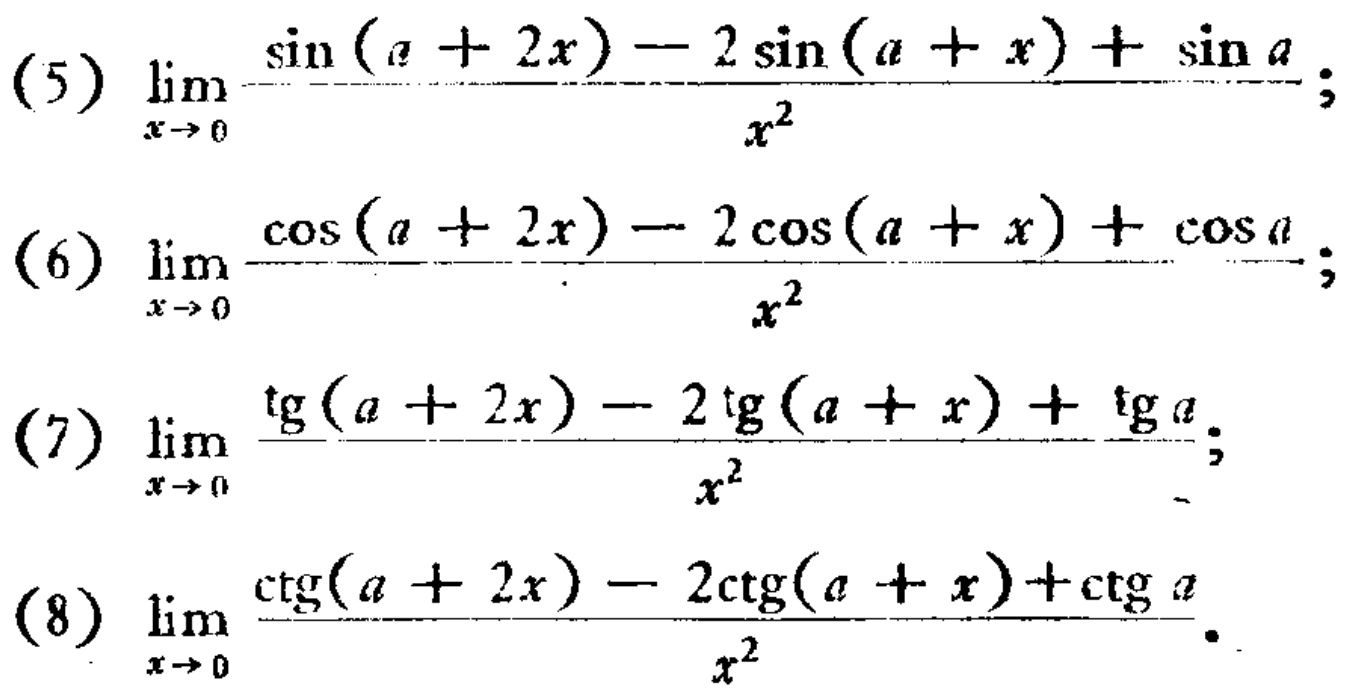
(5) \(\lim_{x \to 0} \frac{\sin(a + 2x) - 2\sin(a + x) + \sin a}{x^{2}}\);
(6) \(\lim_{x \to 0} \frac{\cos(a + 2x) - 2\cos(a + x) + \cos a}{x^{2}}\);
(7) \(\lim_{x \to 0} \frac{\tg(a + 2x) - 2\tg(a + x) + \tg a}{x^{2}}\);
(8) \(\lim_{x \to 0} \frac{\ctg(a + 2x) - 2\ctg(a + x) + \ctg a}{x^{2}}\)